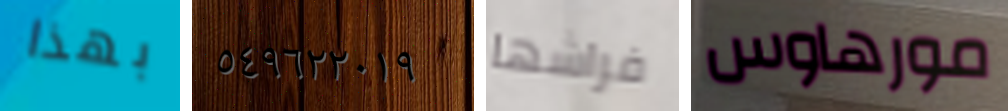
بهذا ٥٤٩٦٢٢٠١٩ فراشها مورهاوس